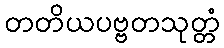
တတိယပဗ္ဗတသုတ္တံ